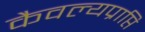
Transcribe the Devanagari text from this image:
कैवल्यप्राप्ति